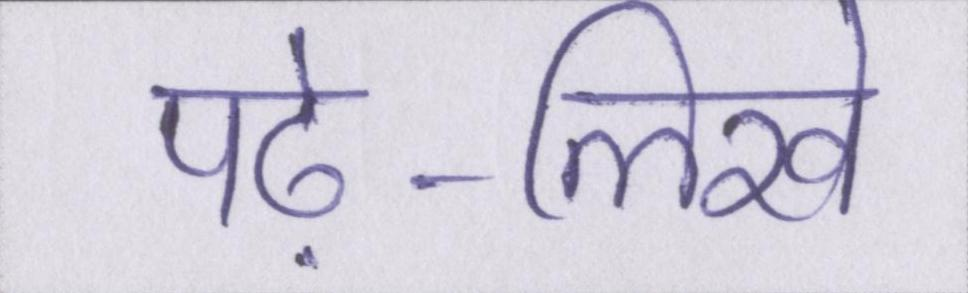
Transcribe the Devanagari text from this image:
पढ़े-लिखे